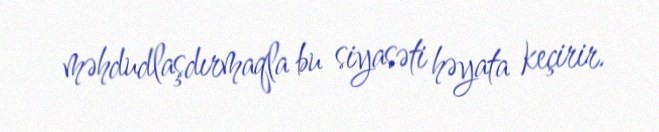
məhdudlaşdırmaqla bu siyasəti həyata keçirir.